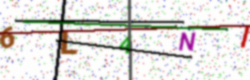
Text: 6L4NI